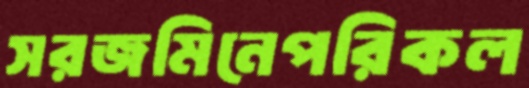
সরজমিনেপরিকল